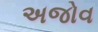
અજોવ